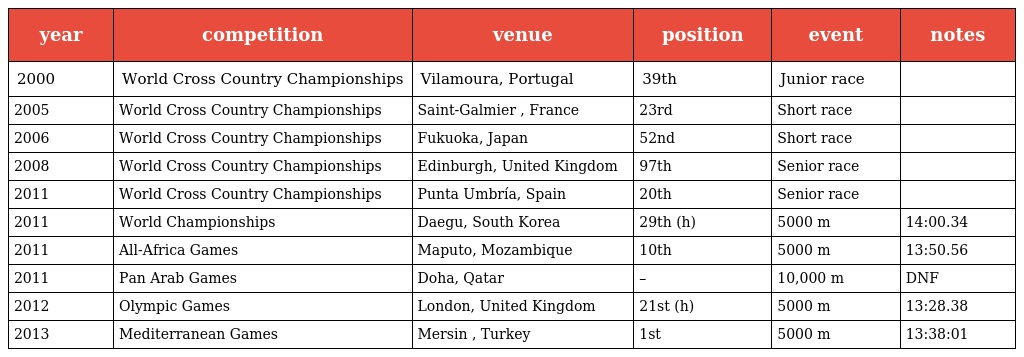
| year | competition | venue | position | event | notes |
 | --- | --- | --- | --- | --- | --- |
 | 2000 | World Cross Country Championships | Vilamoura, Portugal | 39th | Junior race |  |
 | 2005 | World Cross Country Championships | Saint-Galmier , France | 23rd | Short race |  |
 | 2006 | World Cross Country Championships | Fukuoka, Japan | 52nd | Short race |  |
 | 2008 | World Cross Country Championships | Edinburgh, United Kingdom | 97th | Senior race |  |
 | 2011 | World Cross Country Championships | Punta Umbría, Spain | 20th | Senior race |  |
 | 2011 | World Championships | Daegu, South Korea | 29th (h) | 5000 m | 14:00.34 |
 | 2011 | All-Africa Games | Maputo, Mozambique | 10th | 5000 m | 13:50.56 |
 | 2011 | Pan Arab Games | Doha, Qatar | – | 10,000 m | DNF |
 | 2012 | Olympic Games | London, United Kingdom | 21st (h) | 5000 m | 13:28.38 |
 | 2013 | Mediterranean Games | Mersin , Turkey | 1st | 5000 m | 13:38:01 |